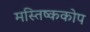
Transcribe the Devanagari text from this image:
मस्तिष्ककोप